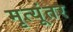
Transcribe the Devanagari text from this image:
मृत्यूंतर